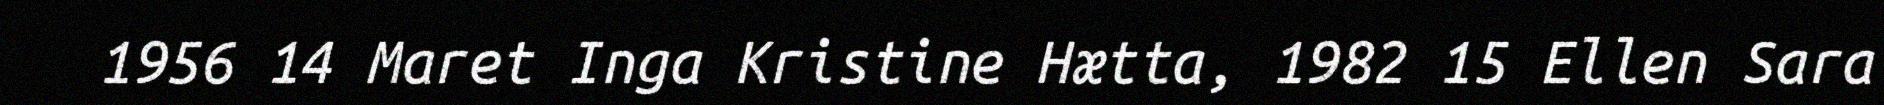
1956 14 Maret Inga Kristine Hætta, 1982 15 Ellen Sara